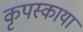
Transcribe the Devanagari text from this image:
कृपस्काया